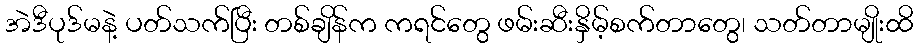
အဲဒီပုဒ်မနဲ့ ပတ်သက်ပြီး တစ်ချိန်က ကရင်တွေ ဖမ်းဆီးနှိမ့်စက်တာတွေ၊ သတ်တာမျိုးထိ